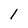
Character: 1